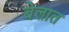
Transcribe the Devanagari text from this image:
बेलात